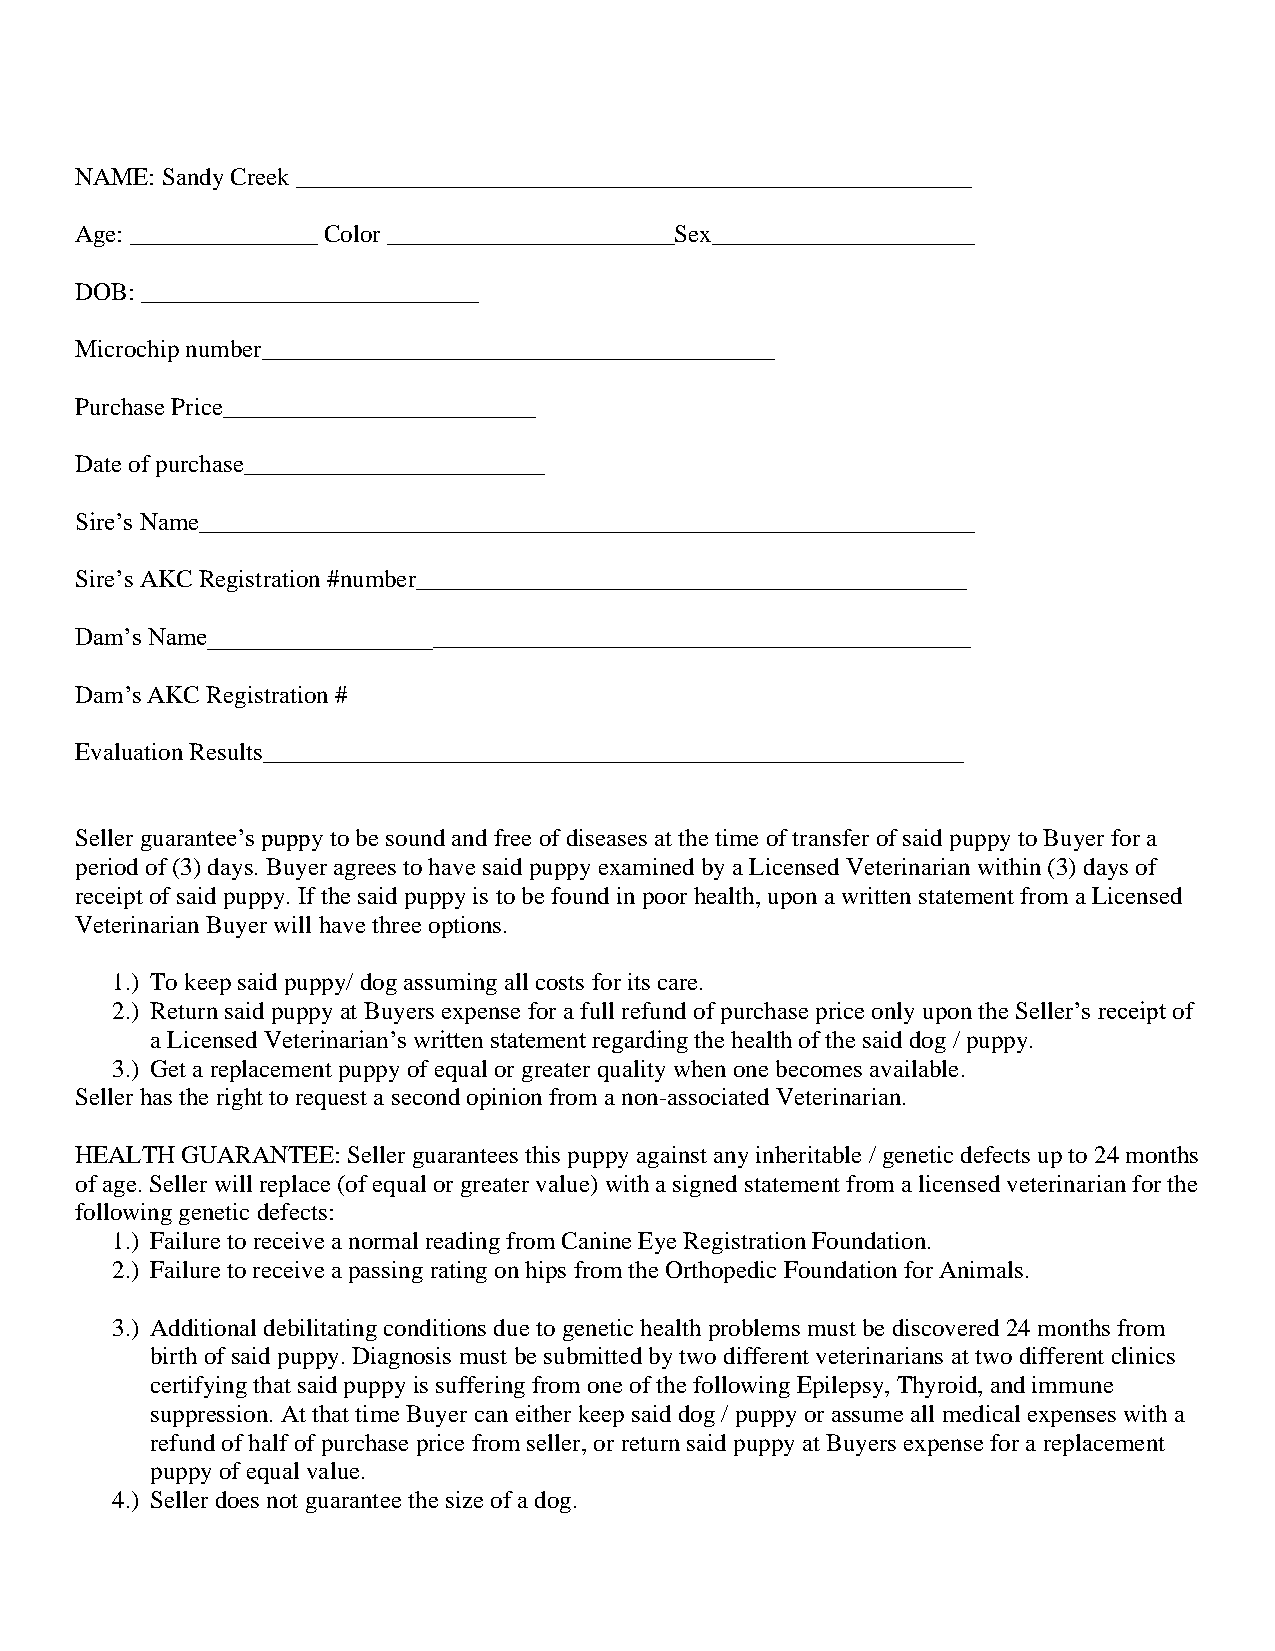
NAME: Sandy Creek ______________________________________________________
 Age: _______________ Color _______________________Sex_____________________
 DOB: ___________________________
 Microchip number_________________________________________
 Purchase Price_________________________
 Date of purchase________________________
 Sire’s Name______________________________________________________________
 Sire’s AKC Registration #number____________________________________________
 Dam’s Name_____________________________________________________________
 Dam’s AKC Registration #
 Evaluation Results________________________________________________________
 Seller guarantee’s puppy to be sound and free of diseases at the time of transfer of said puppy to Buyer for a
 period of (3) days. Buyer agrees to have said puppy examined by a Licensed Veterinarian within (3) days of
 receipt of said puppy. If the said puppy is to be found in poor health, upon a written statement from a Licensed
 Veterinarian Buyer will have three options.
 1.) To keep said puppy/ dog assuming all costs for its care.
 2.) Return said puppy at Buyers expense for a full refund of purchase price only upon the Seller’s receipt of
 a Licensed Veterinarian’s written statement regarding the health of the said dog / puppy.
 3.) Get a replacement puppy of equal or greater quality when one becomes available.
 Seller has the right to request a second opinion from a non-associated Veterinarian.
 HEALTH GUARANTEE: Seller guarantees this puppy against any inheritable / genetic defects up to 24 months
 of age. Seller will replace (of equal or greater value) with a signed statement from a licensed veterinarian for the
 following genetic defects:
 1.) Failure to receive a normal reading from Canine Eye Registration Foundation.
 2.) Failure to receive a passing rating on hips from the Orthopedic Foundation for Animals.
 3.) Additional debilitating conditions due to genetic health problems must be discovered 24 months from
 birth of said puppy. Diagnosis must be submitted by two different veterinarians at two different clinics
 certifying that said puppy is suffering from one of the following Epilepsy, Thyroid, and immune
 suppression. At that time Buyer can either keep said dog / puppy or assume all medical expenses with a
 refund of half of purchase price from seller, or return said puppy at Buyers expense for a replacement
 puppy of equal value.
 4.) Seller does not guarantee the size of a dog.